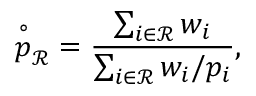
{ \overset { \circ } { p } } _ { \mathcal { R } } = { \frac { \sum _ { i \in { \mathcal { R } } } w _ { i } } { \sum _ { i \in { \mathcal { R } } } w _ { i } / p _ { i } } } ,